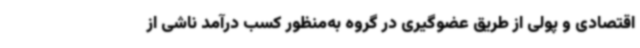
اقتصادی و پولی از طریق عضوگیری در گروه به‌منظور کسب درآمد ناشی از